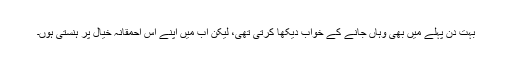
بہت دن پہلے میں بھی وہاں جانے کے خواب دیکھا کرتی تھی، لیکن اب میں اپنے اس احمقانہ خیال پر ہنستی ہوں۔